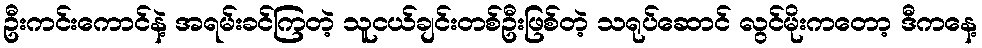
ဦးကင်းကောင်နဲ့ အရမ်းခင်ကြတဲ့ သူငယ်ချင်းတစ်ဦးဖြစ်တဲ့ သရုပ်ဆောင် လွင်မိုးကတော့ ဒီကနေ့